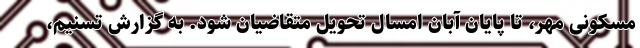
مسکونی مهر، تا پایان آبان امسال تحویل متقاضیان شود. به گزارش تسنیم،